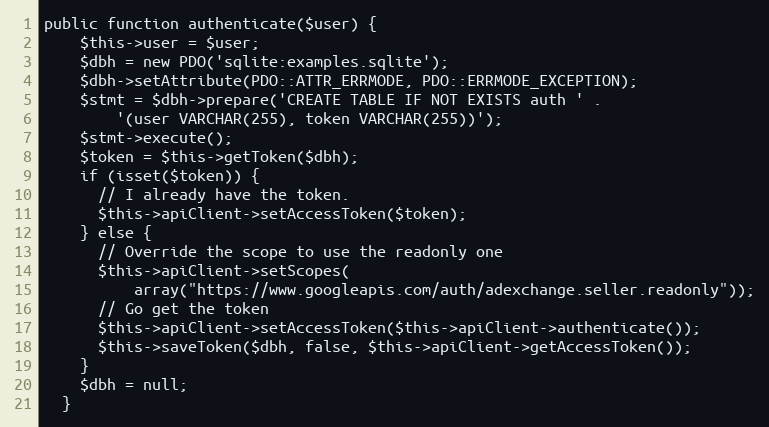
Language: PHP
public function authenticate($user) {
    $this->user = $user;
    $dbh = new PDO('sqlite:examples.sqlite');
    $dbh->setAttribute(PDO::ATTR_ERRMODE, PDO::ERRMODE_EXCEPTION);
    $stmt = $dbh->prepare('CREATE TABLE IF NOT EXISTS auth ' .
        '(user VARCHAR(255), token VARCHAR(255))');
    $stmt->execute();
    $token = $this->getToken($dbh);
    if (isset($token)) {
      // I already have the token.
      $this->apiClient->setAccessToken($token);
    } else {
      // Override the scope to use the readonly one
      $this->apiClient->setScopes(
          array("https://www.googleapis.com/auth/adexchange.seller.readonly"));
      // Go get the token
      $this->apiClient->setAccessToken($this->apiClient->authenticate());
      $this->saveToken($dbh, false, $this->apiClient->getAccessToken());
    }
    $dbh = null;
  }